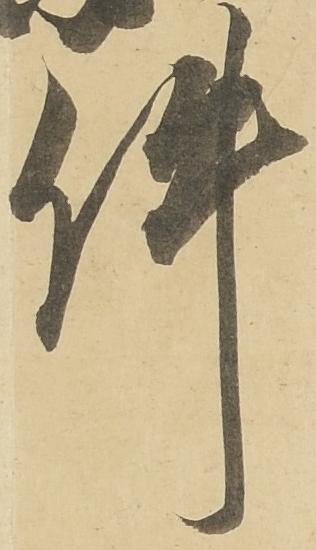
件